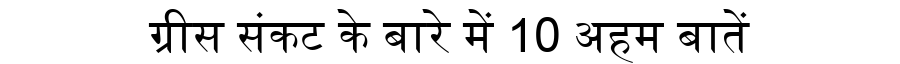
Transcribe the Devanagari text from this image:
ग्रीस संकट के बारे में 10 अहम बातें